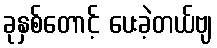
ခုနှစ်တောင့် ပေးခဲ့တယ်ဗျ